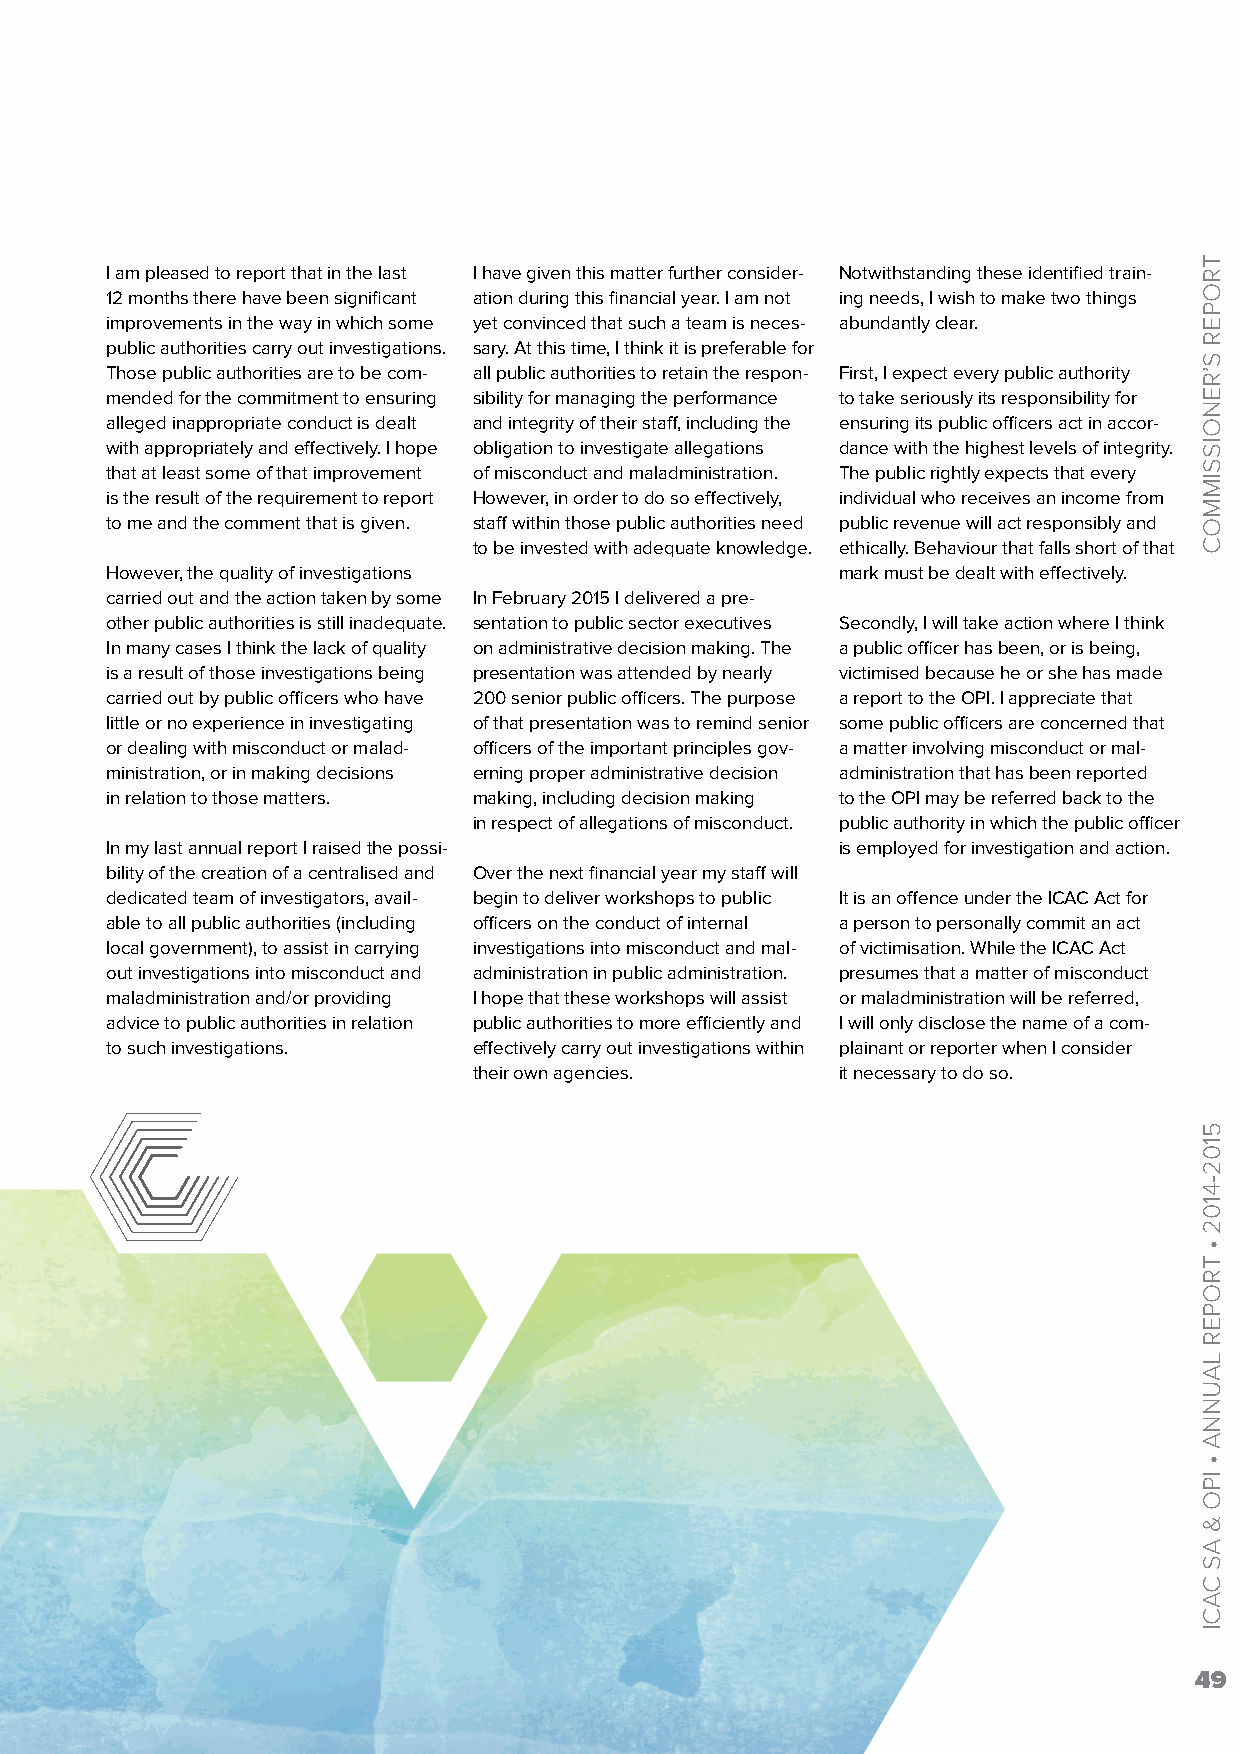
I am pleased to report that in the last I have given this matter further consider- Notwithstanding these identified train-
 12 months there have been significant ation during this financial year. I am not ing needs, I wish to make two things
 improvements in the way in which some yet convinced that such a team is neces- abundantly clear.
 public authorities carry out investigations. sary. At this time, I think it is preferable for
 Those public authorities are to be com- all public authorities to retain the respon- First, I expect every public authority
 mended for the commitment to ensuring sibility for managing the performance to take seriously its responsibility for
 alleged inappropriate conduct is dealt and integrity of their staff, including the ensuring its public officers act in accor-
 with appropriately and effectively. I hope obligation to investigate allegations dance with the highest levels of integrity.
 that at least some of that improvement of misconduct and maladministration. The public rightly expects that every
 is the result of the requirement to report However, in order to do so effectively, individual who receives an income from
 to me and the comment that is given. staff within those public authorities need public revenue will act responsibly and
 to be invested with adequate knowledge. ethically. Behaviour that falls short of that
 However, the quality of investigations           mark must be dealt with effectively.
 carried out and the action taken by some In February 2015 I delivered a pre-
 other public authorities is still inadequate. sentation to public sector executives Secondly, I will take action where I think
 In many cases I think the lack of quality on administrative decision making. The a public officer has been, or is being,
 is a result of those investigations being presentation was attended by nearly victimised because he or she has made
 carried out by public officers who have 200 senior public officers. The purpose a report to the OPI. I appreciate that
 little or no experience in investigating of that presentation was to remind senior some public officers are concerned that
 or dealing with misconduct or malad- officers of the important principles gov- a matter involving misconduct or mal-
 ministration, or in making decisions erning proper administrative decision administration that has been reported
 in relation to those matters. making, including decision making to the OPI may be referred back to the
 in respect of allegations of misconduct. public authority in which the public officer
 In my last annual report I raised the possi-     is employed for investigation and action.
 bility of the creation of a centralised and Over the next financial year my staff will
 dedicated team of investigators, avail- begin to deliver workshops to public It is an offence under the ICAC Act for
 able to all public authorities (including officers on the conduct of internal a person to personally commit an act
 local government), to assist in carrying investigations into misconduct and mal- of victimisation. While the ICAC Act
 out investigations into misconduct and administration in public administration. presumes that a matter of misconduct
 maladministration and/or providing I hope that these workshops will assist or maladministration will be referred,
 advice to public authorities in relation public authorities to more efficiently and I will only disclose the name of a com-
 to such investigations. effectively carry out investigations within plainant or reporter when I consider
 their own agencies.      it necessary to do so.
 49
 TROPER
 S’RENOISSIMMOC
 5102-4102
 •
 TROPER
 LAUNNA
 •
 IPO
 &
 AS
 CACI